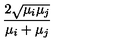
{ \frac { 2 \sqrt { \mu _ { i } \mu _ { j } } } { \mu _ { i } + \mu _ { j } } }